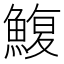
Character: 鰒